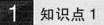
1知识点1